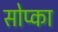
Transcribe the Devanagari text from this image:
सोप्का